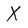
Character: X